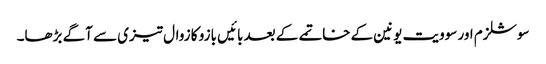
سوشلزم اور سوویت یونین کے خاتمے کے بعد بائیں بازو کا زوال تیزی سے آگے بڑھا۔